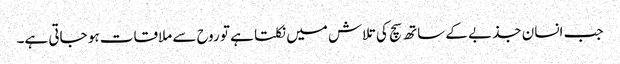
جب انسان جذبے کے ساتھ سچ کی تلاش میں نکلتا ہے تو روح سے ملاقات ہو جاتی ہے۔